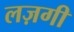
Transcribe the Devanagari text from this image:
लज़गी